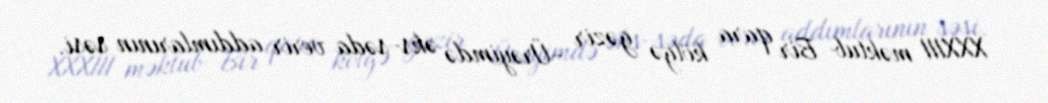
XXXIII məktub Bir qara kölgə gəzir -Ürəyimdə əks-səda verir addımlarının səsi.